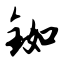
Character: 铷